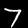
Label: 7